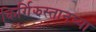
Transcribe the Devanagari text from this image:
किर्गिझस्तानच्या